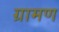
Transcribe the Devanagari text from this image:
ग्रामण